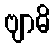
ဗျာဓိ